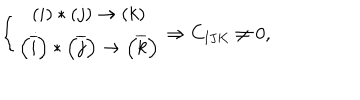
\left\{ \begin{array} { c } { { \left( i \right) \ast \left( j \right) \rightarrow \left( k \right) } } \\ { { \left( \overline { { { i } } } \right) \ast \left( \overline { { { j } } } \right) \rightarrow \left( \overline { { { k } } } \right) } } \\ \end{array} \right. \Rightarrow C _ { \mathbf { I J K } } \neq 0 ,